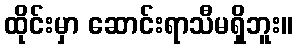
ထိုင်းမှာ ဆောင်းရာသီမရှိဘူး။